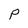
Character: P